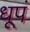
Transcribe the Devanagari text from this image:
धूपं